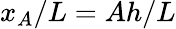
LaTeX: x_{A}/L=Ah/L